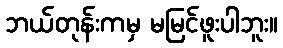
ဘယ်တုန်းကမှ မမြင်ဖူးပါဘူး။